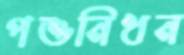
পশুনিধন